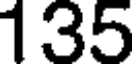
135